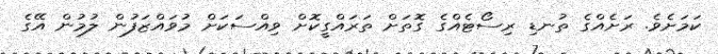
ކަމަށެވެ. ރަށެއްގެ ތުނޑި ރިސޯޓެއްގެ ގޮތަށް ތަރައްގީކޮށް ވިއްސަކަށް މުވައްޒަފުން ލުމުން އޭގެ